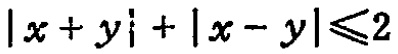
\(|x + y\mathrm{i}| + |x - y|\leqslant2\)